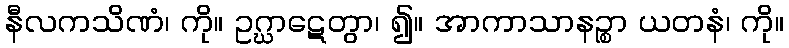
နီလကသိဏံ၊ ကို။ ဥဂ္ဃာဋေတွာ၊ ၍။ အာကာသာနဉ္စာ ယတနံ၊ ကို။